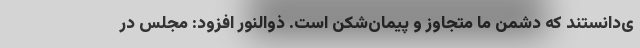
ی‌دانستند که دشمن ما متجاوز و پیمان‌شکن است. ذوالنور افزود: مجلس در